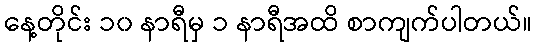
နေ့တိုင်း ၁၀ နာရီမှ ၁ နာရီအထိ စာကျက်ပါတယ်။